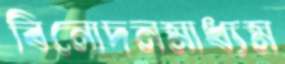
বিনোদনমাধ্যম